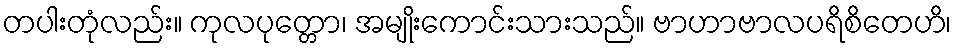
တပါးတုံလည်း။ ကုလပုတ္တော၊ အမျိုးကောင်းသားသည်။ ဗာဟာဗာလပရိစိတေဟိ၊